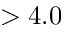
> 4 . 0